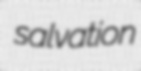
salvation